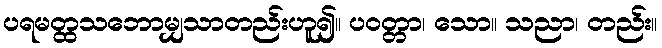
ပရမတ္ထသဘောမျှသာတည်းဟူ၍။ ပဝတ္တာ၊ သော။ သညာ၊ တည်း။